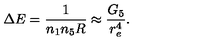
\Delta E = \frac { 1 } { n _ { 1 } n _ { 5 } R } \approx \frac { G _ { 5 } } { r _ { e } ^ { 4 } } .